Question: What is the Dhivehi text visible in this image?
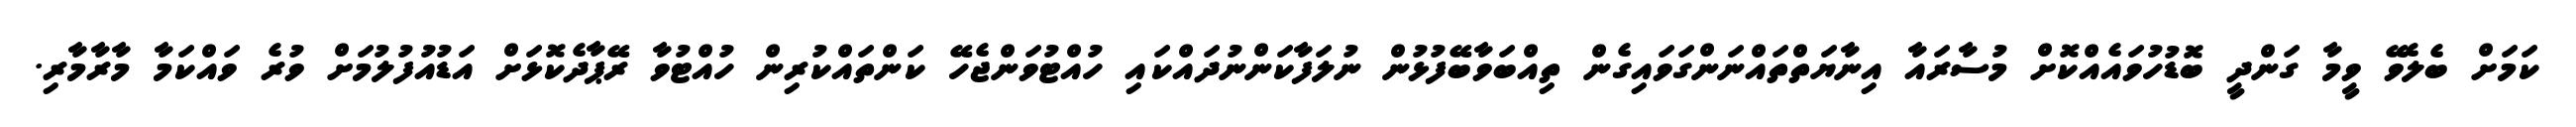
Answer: ކަމަށް ބެލެވޭ ވީމާ ގަންދީ ބޮޑުހުވައެއްކޮށް މުސާރައާ އިނާޔަތްތައްނަންގަވައިގެން ތިއްބަވާބޭފުޅުން ނުލަފާކަންނުދައްކައި ހުއްޓުވަންޖެހޭ ކަންތައްކުރިން ހުއްޓުވާ ރޭޕާދެކޮޅަށް އަޑުއުފުލުމަށް ވުރެ ވައްކަމާ މާރާމާރި.